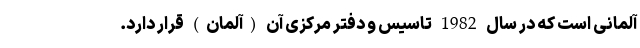
آلمانی است که در سال 1982 تاسیس و دفتر مرکزی آن (آلمان) قرار دارد.